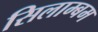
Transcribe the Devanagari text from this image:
सिलाम्बम